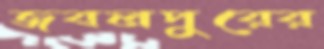
জবলপুরের